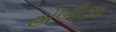
હોબીઝ